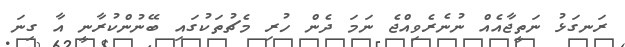
ރަނގަޅު ނަތީޖާއެއް ނުނެރެވިއްޖެ ނަމަ ދެން ހުރި މެޗުތަކުގައި ބޭނުންކުރާނީ އާ ގިނަ